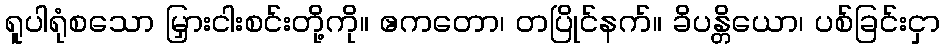
ရူပါရုံစသော မြှားငါးစင်းတို့ကို။ ဧကတော၊ တပြိုင်နက်။ ခိပန္တိယော၊ ပစ်ခြင်းငှာ